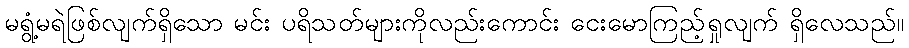
မရွံ့မရဲဖြစ်လျက်ရှိသော မင်း ပရိသတ်များကိုလည်းကောင်း ငေးမောကြည့်ရှုလျက် ရှိလေသည်။